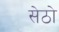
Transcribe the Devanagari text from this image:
सेठो